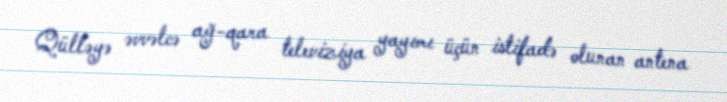
Qülləyə əvvəlcə ağ-qara televiziya yayımı üçün istifadə olunan antena